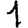
Digit: 1